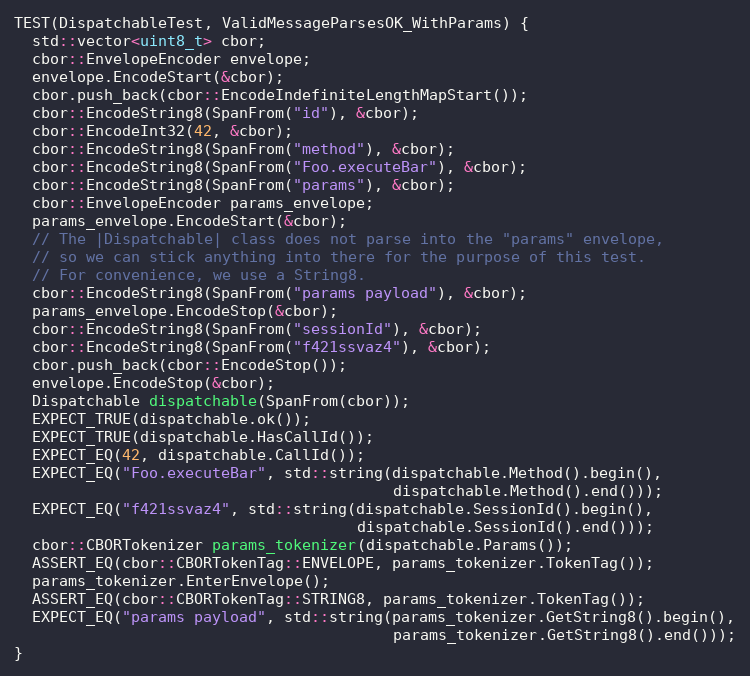
Language: C++
TEST(DispatchableTest, ValidMessageParsesOK_WithParams) {
  std::vector<uint8_t> cbor;
  cbor::EnvelopeEncoder envelope;
  envelope.EncodeStart(&cbor);
  cbor.push_back(cbor::EncodeIndefiniteLengthMapStart());
  cbor::EncodeString8(SpanFrom("id"), &cbor);
  cbor::EncodeInt32(42, &cbor);
  cbor::EncodeString8(SpanFrom("method"), &cbor);
  cbor::EncodeString8(SpanFrom("Foo.executeBar"), &cbor);
  cbor::EncodeString8(SpanFrom("params"), &cbor);
  cbor::EnvelopeEncoder params_envelope;
  params_envelope.EncodeStart(&cbor);
  // The |Dispatchable| class does not parse into the "params" envelope,
  // so we can stick anything into there for the purpose of this test.
  // For convenience, we use a String8.
  cbor::EncodeString8(SpanFrom("params payload"), &cbor);
  params_envelope.EncodeStop(&cbor);
  cbor::EncodeString8(SpanFrom("sessionId"), &cbor);
  cbor::EncodeString8(SpanFrom("f421ssvaz4"), &cbor);
  cbor.push_back(cbor::EncodeStop());
  envelope.EncodeStop(&cbor);
  Dispatchable dispatchable(SpanFrom(cbor));
  EXPECT_TRUE(dispatchable.ok());
  EXPECT_TRUE(dispatchable.HasCallId());
  EXPECT_EQ(42, dispatchable.CallId());
  EXPECT_EQ("Foo.executeBar", std::string(dispatchable.Method().begin(),
                                          dispatchable.Method().end()));
  EXPECT_EQ("f421ssvaz4", std::string(dispatchable.SessionId().begin(),
                                      dispatchable.SessionId().end()));
  cbor::CBORTokenizer params_tokenizer(dispatchable.Params());
  ASSERT_EQ(cbor::CBORTokenTag::ENVELOPE, params_tokenizer.TokenTag());
  params_tokenizer.EnterEnvelope();
  ASSERT_EQ(cbor::CBORTokenTag::STRING8, params_tokenizer.TokenTag());
  EXPECT_EQ("params payload", std::string(params_tokenizer.GetString8().begin(),
                                          params_tokenizer.GetString8().end()));
}